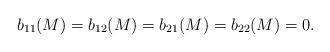
LaTeX: \begin{align*}b_{11}(M)=b_{12}(M)=b_{21}(M)=b_{22}(M)=0. \end{align*}